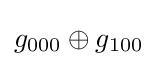
g_{000}\oplus g_{100}